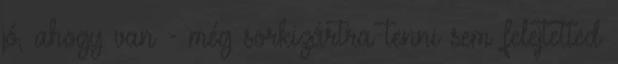
jó, ahogy van - még sorkizártra tenni sem felejtetted